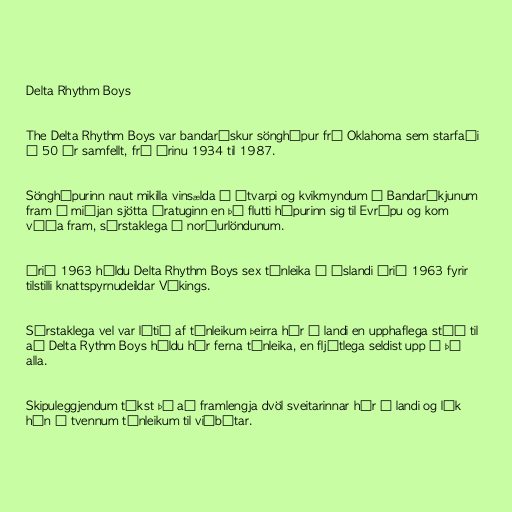
Delta Rhythm Boys

The Delta Rhythm Boys var bandarískur sönghópur frá Oklahoma sem starfaði
í 50 ár samfellt, frá árinu 1934 til 1987.

Sönghópurinn naut mikilla vinsælda í útvarpi og kvikmyndum í Bandaríkjunum
fram á miðjan sjötta áratuginn en þá flutti hópurinn sig til Evrópu og kom
víða fram, sérstaklega á norðurlöndunum.

Árið 1963 héldu Delta Rhythm Boys sex tónleika á Íslandi árið 1963 fyrir
tilstilli knattspyrnudeildar Víkings.

Sérstaklega vel var látið af tónleikum þeirra hér á landi en upphaflega stóð til
að Delta Rythm Boys héldu hér ferna tónleika, en fljótlega seldist upp á þá
alla.

Skipuleggjendum tókst þá að framlengja dvöl sveitarinnar hér á landi og lék
hún á tvennum tónleikum til viðbótar.